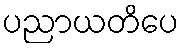
ပညာယတိပေ